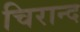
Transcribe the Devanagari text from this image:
चिरान्द